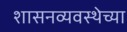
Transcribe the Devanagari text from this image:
शासनव्यवस्थेच्या